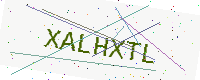
Text: XALHXTL